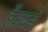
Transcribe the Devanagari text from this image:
हैंसबसे